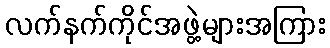
လက်နက်ကိုင်အဖွဲ့များအကြား